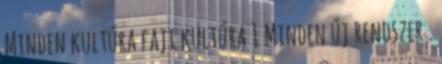
Minden kultúra faji kultúra 1 Minden új rendszer .